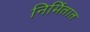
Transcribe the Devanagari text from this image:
निर्मितात